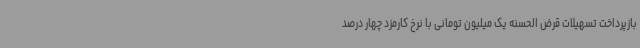
بازپرداخت تسهیلات قرض الحسنه یک میلیون تومانی با نرخ کارمزد چهار درصد